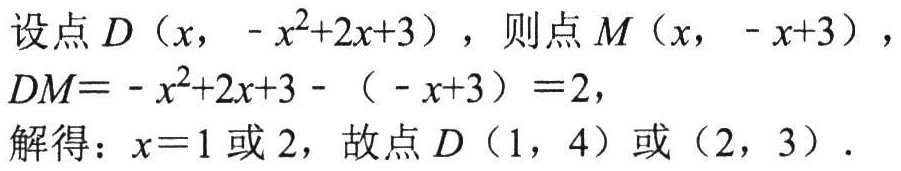
设点\(D(x, -x^{2}+2x + 3)\)，则点\(M(x, -x + 3)\)，
\(DM=-x^{2}+2x + 3-(-x + 3)=2\)，
解得：\(x = 1\)或\(2\)，故点\(D(1,4)\)或\((2,3)\)．